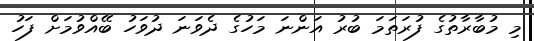
މި މުބާރާތުގެ ފުރަތަމަ ބުރު އަންނަ މަހުގެ ދެވަނަ ދުވަހު ބޭއްވުމަށް ފަހު